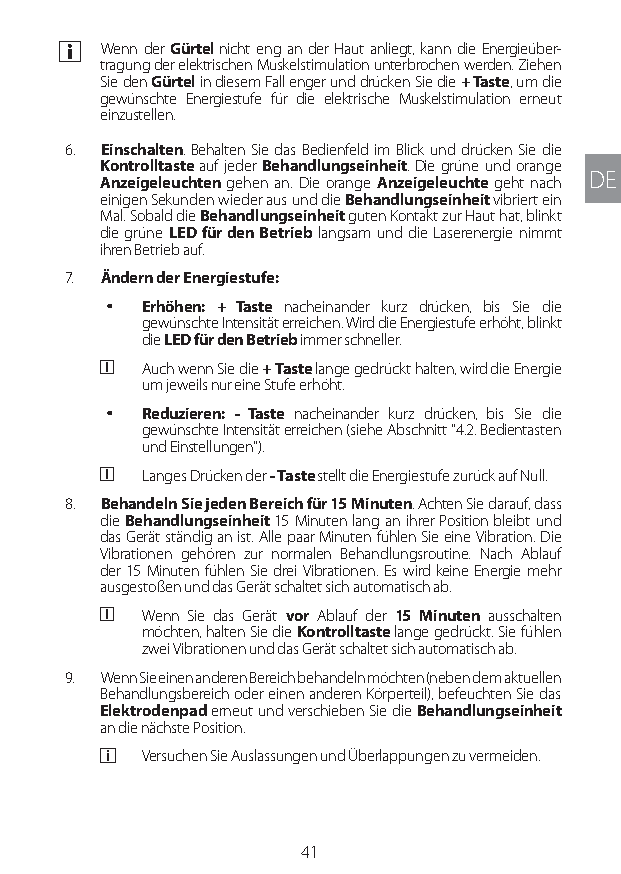
a Wenn der Gürtel nicht eng an der Haut anliegt, kann die Energieüber-
 tragung der elektrischen Muskelstimulation unterbrochen werden. Ziehen
 Sie den Gürtel in diesem Fall enger und drücken Sie die + Taste, um die
 gewünschte Energiestufe für die elektrische Muskelstimulation erneut
 einzustellen.
 6. Einschalten. Behalten Sie das Bedienfeld im Blick und drücken Sie die
 Kontrolltaste auf jeder Behandlungseinheit. Die grüne und orange
 DE
 Anzeigeleuchten gehen an. Die orange Anzeigeleuchte geht nach
 einigen Sekunden wieder aus und die Behandlungseinheit vibriert ein
 Mal. Sobald die Behandlungseinheit guten Kontakt zur Haut hat, blinkt
 die grüne LED für den Betrieb langsam und die Laserenergie nimmt
 ihren Betrieb auf.
 7. Ändern der Energiestufe:
 y Erhöhen: + Taste nacheinander kurz drücken, bis Sie die
 gewünschte Intensität erreichen. Wird die Energiestufe erhöht, blinkt
 die LED für den Betrieb immer schneller.
 a  Auch wenn Sie die + Taste lange gedrückt halten, wird die Energie
 um jeweils nur eine Stufe erhöht.
 y Reduzieren: - Taste nacheinander kurz drücken, bis Sie die
 gewünschte Intensität erreichen (siehe Abschnitt "4.2. Bedientasten
 und Einstellungen").
 a  Langes Drücken der - Taste stellt die Energiestufe zurück auf Null.
 8. Behandeln Sie jeden Bereich für 15 Minuten. Achten Sie darauf, dass
 die Behandlungseinheit 15 Minuten lang an ihrer Position bleibt und
 das Gerät ständig an ist. Alle paar Minuten fühlen Sie eine Vibration. Die
 Vibrationen gehören zur normalen Behandlungsroutine. Nach Ablauf
 der 15 Minuten fühlen Sie drei Vibrationen. Es wird keine Energie mehr
 ausgestoßen und das Gerät schaltet sich automatisch ab.
 a  Wenn Sie das Gerät vor Ablauf der 15 Minuten ausschalten
 möchten, halten Sie die Kontrolltaste lange gedrückt. Sie fühlen
 zwei Vibrationen und das Gerät schaltet sich automatisch ab.
 9. Wenn Sie einen anderen Bereich behandeln möchten (neben dem aktuellen
 Behandlungsbereich oder einen anderen Körperteil), befeuchten Sie das
 Elektrodenpad erneut und verschieben Sie die Behandlungseinheit
 an die nächste Position.
 a  Versuchen Sie Auslassungen und Überlappungen zu vermeiden.
 41
 Lipo UM EU124 3545B inside ALL EU124 ED296-24 release.indd 41 14/08/2018 10:57:34